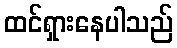
ထင်ရှားနေပါသည်